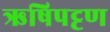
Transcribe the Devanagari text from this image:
ऋषिपट्टण